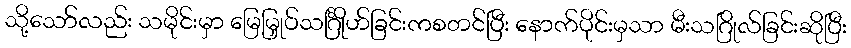
သို့သော်လည်း သမိုင်းမှာ မြေမြှုပ်သင်္ဂြိုဟ်ခြင်းကစတင်ပြီး နောက်ပိုင်းမှသာ မီးသဂြိုလ်ခြင်းဆိုပြီး